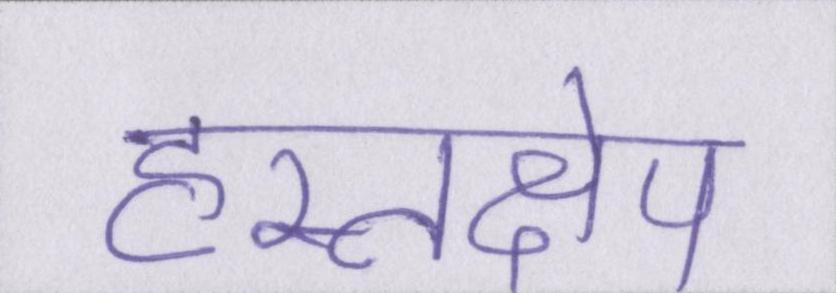
हस्तक्षेप